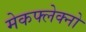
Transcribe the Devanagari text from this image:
मेकफ्लेक्नो